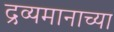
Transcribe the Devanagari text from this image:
द्रव्यमानाच्या